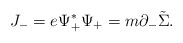
\begin{align*}J_-=e{\Psi}_+^{\ast}{\Psi}_+=m{\partial}_-\tilde{\Sigma}.\end{align*}